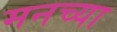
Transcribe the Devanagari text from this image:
मनच्या